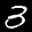
Label: 3